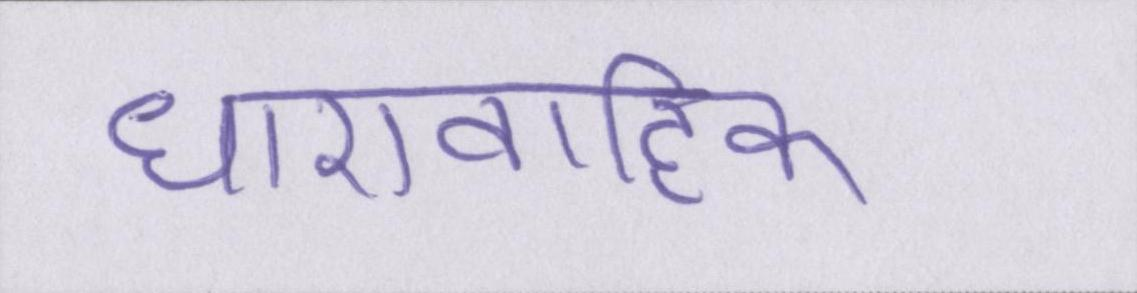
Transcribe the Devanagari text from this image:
धारावाहिक